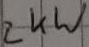
Text: 2kW